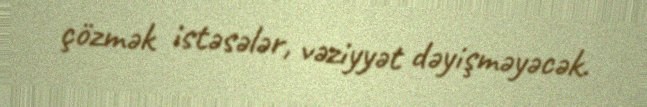
çözmək istəsələr, vəziyyət dəyişməyəcək.